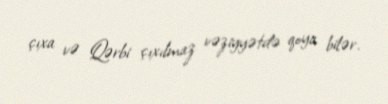
çıxa və Qərbi çıxılmaz vəziyyətdə qoya bilər.